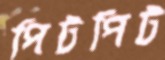
পিটপিট